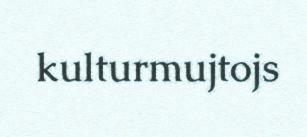
kulturmujtojs